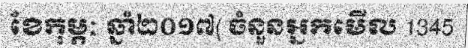
ខែកុម្ភៈ ឆ្នាំ២០១៧( ចំនួនអ្នកមើល 1345